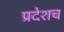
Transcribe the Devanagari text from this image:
प्रदेशच